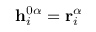
\mathbf { h } _ { i } ^ { 0 \alpha } = \mathbf { r } _ { i } ^ { \alpha }